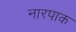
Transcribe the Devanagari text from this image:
नारपाक